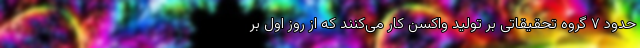
حدود ۷ گروه تحقیقاتی بر تولید واکسن کار می‌کنند که از روز اول بر